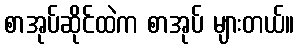
စာအုပ်ဆိုင်ထဲက စာအုပ် များတယ်။